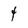
Character: 4